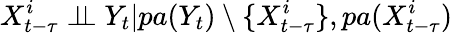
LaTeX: X_{t-\tau}^{i}\perp\! \! \! \perp Y_{t}|pa(Y_{t})\setminus\{ X_{t-\tau}^{i}\} ,pa(X_{t-\tau}^{i})